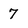
Character: 7